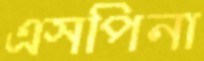
এসপিনা